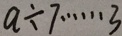
a \div 7 \cdots 3